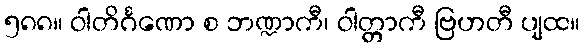
၅၈၈။ ဝါတိင်္ဂဏော စ ဘဏ္ဍာကီ၊ ဝါတ္တာကီ ဗြဟတီ ပျထ။